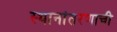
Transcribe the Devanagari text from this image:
स्थानांतरणाची